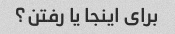
برای اینجا یا رفتن؟